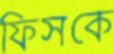
ফিসকে